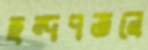
ছন্দপতনে